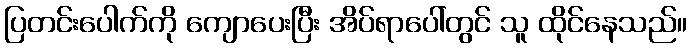
ပြတင်းပေါက်ကို ကျောပေးပြီး အိပ်ရာပေါ်တွင် သူ ထိုင်နေသည်။